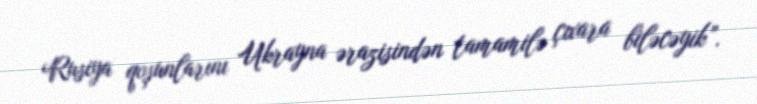
Rusiya qoşunlarını Ukrayna ərazisindən tamamilə çıxara biləcəyik”.